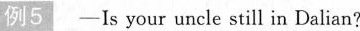
例5 -Is your uncle still in Dalian?